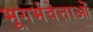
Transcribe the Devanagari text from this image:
भूगर्भवेत्ताओं